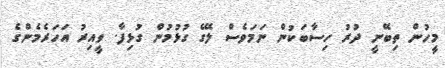
މީހުން ތިބޭނީ ދުރު ހިސާބަކުން ނަމަވެސް ލޭގެ ގުޅުމުން ގުޅިފާ. ވީއިރު އަހަރެމެންގެ